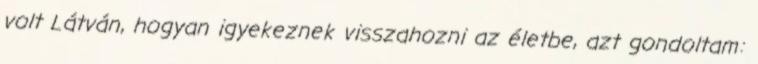
volt Látván, hogyan igyekeznek visszahozni az életbe, azt gondoltam: